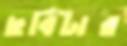
ছবিটার